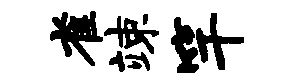
雀竦竿